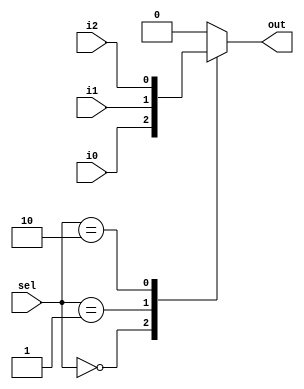
`timescale 1ns / 1ps
//////////////////////////////////////////////////////////////////////////////////
// Company: 
// Engineer: 
// 
// Design Name: 
// Module Name: mux3_1
// Project Name: 
// Target Devices: 
// Tool Versions: 
// Description: 
// 
// Dependencies: 
// 
// Revision:
// Revision 0.01 - File Created
// Additional Comments:
// 
//////////////////////////////////////////////////////////////////////////////////


module mux3_1(
    input i0, i1, i2,
    input [1:0] sel,
    output reg out
    );
    
    always @(*) begin
        case(sel) 
            2'b00: out = i0;
            2'b01: out = i1;
            2'b10: out = i2;
            default: out = 0;
        endcase
    end
    
endmodule